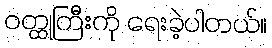
ဝတ္ထုကြီးကို ရေးခဲ့ပါတယ်။